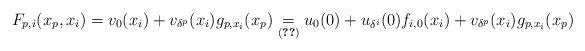
LaTeX: \begin{align*}F_{p,i}(x_{p},x_{i})=v_{0}(x_{i})+v_{\delta^{p}}(x_{i})g_{p,x_{i}}(x_{p})\underset{(\ref{eq:d-delta-0})}{=}u_{0}(0)+u_{\delta^{i}}(0)f_{i,0}(x_{i})+v_{\delta^{p}}(x_{i})g_{p,x_{i}}(x_{p})\end{align*}